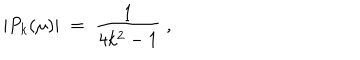
| P _ { k } ( \mu ) | \; = \; \frac { 1 } { 4 k ^ { 2 } - 1 } \; ,